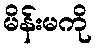
မိန်းမကို